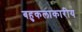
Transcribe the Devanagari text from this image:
बहुकलाकारीय